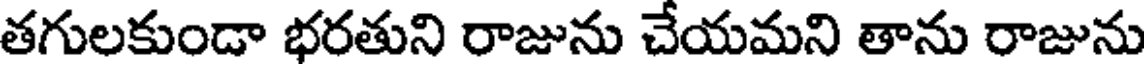
తగులకుండా భరతుని రాజును చేయమని తాను రాజును